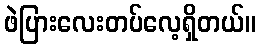
ဖဲပြားလေးတပ်လေ့ရှိတယ်။